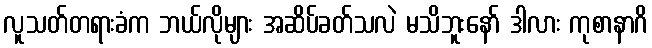
လူသတ်တရားခံက ဘယ်လိုများ အဆိပ်ခတ်သလဲ မသိဘူးနော် ဒါလား ကုစာနာဂိ